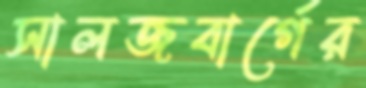
সালজবার্গের